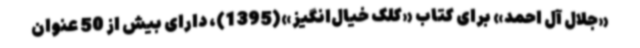
«جلال آل احمد» برای کتاب «کلک خیال‌انگیز»(1395)، دارای بیش از 50 عنوان